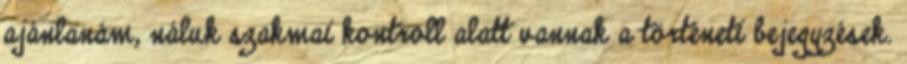
ajánlanám, náluk szakmai kontroll alatt vannak a történeti bejegyzések.